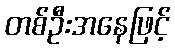
တစ်ဦးအနေဖြင့်